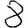
Digit: 8